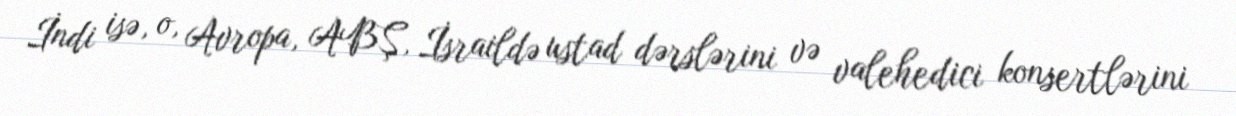
İndi isə, o, Avropa, ABŞ, İsraildə ustad dərslərini və valehedici konsertlərini